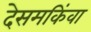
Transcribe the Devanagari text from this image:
देसमकिंवा